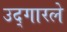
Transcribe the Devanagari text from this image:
उद्‌गारले